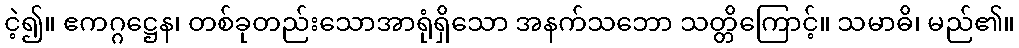
ငဲ့၍။ ဧကဂ္ဂဋ္ဌေန၊ တစ်ခုတည်းသောအာရုံရှိသော အနက်သဘော သတ္တိကြောင့်။ သမာဓိ၊ မည်၏။